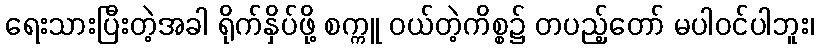
ရေးသားပြီးတဲ့အခါ ရိုက်နှိပ်ဖို့ စက္ကူ ဝယ်တဲ့ကိစ္စ၌ တပည့်တော် မပါဝင်ပါဘူး၊